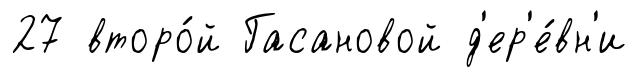
27 второ́й Гасановой д'ер'е́вн'и